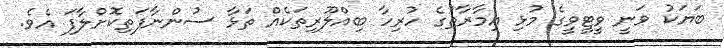
ބަޔަކު ވަނީ ވީޓީވީގެ މުޅި އިމާރާތުގެ ހުރިހާ ބިއްލޫރިތަކެއް ތަޅާ ސުންނާފަތިކޮށްލާފަ އެވެ.